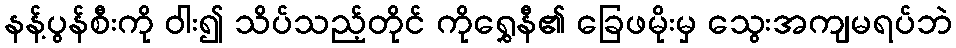
နန့်ပွန်စီးကို ဝါး၍ သိပ်သည့်တိုင် ကိုရွှေနီ၏ ခြေဖမိုးမှ သွေးအကျမရပ်ဘဲ